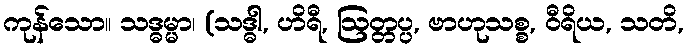
ကုန်သော။ သဒ္ဓမ္မာ၊ (သဒ္ဓါ, ဟိရီ, ဩတ္တပ္ပ, ဗာဟုသစ္စ, ဝီရိယ, သတိ,